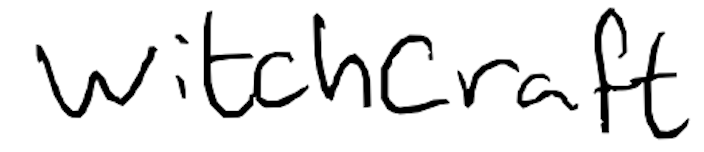
Text: Witchcraft
Cross-out: clean
Writing tool: digital_black